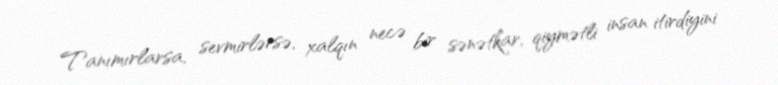
Tanımırlarsa, sevmirlərsə, xalqın necə bir sənətkar, qiymətli insan itirdiyini